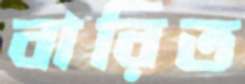
বারিত